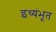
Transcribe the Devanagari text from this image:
इथ्यंभूत